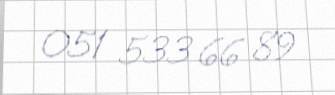
051 533 66 89